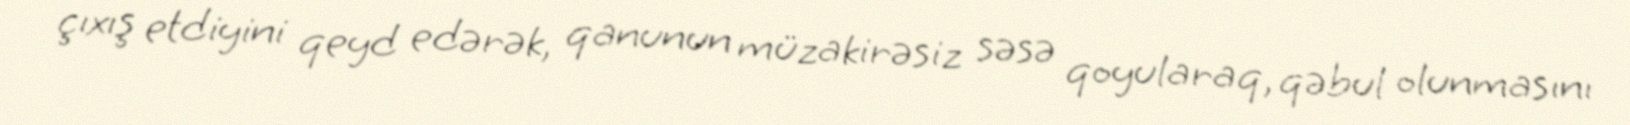
çıxış etdiyini qeyd edərək, qanunun müzakirəsiz səsə qoyularaq, qəbul olunmasını